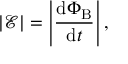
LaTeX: | { \mathcal { E } } | = \left| { \frac { \mathrm { d } \Phi _ { \mathrm { B } } } { \mathrm { d } t } } \right| ,